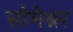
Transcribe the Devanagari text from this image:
सोमेश्नर